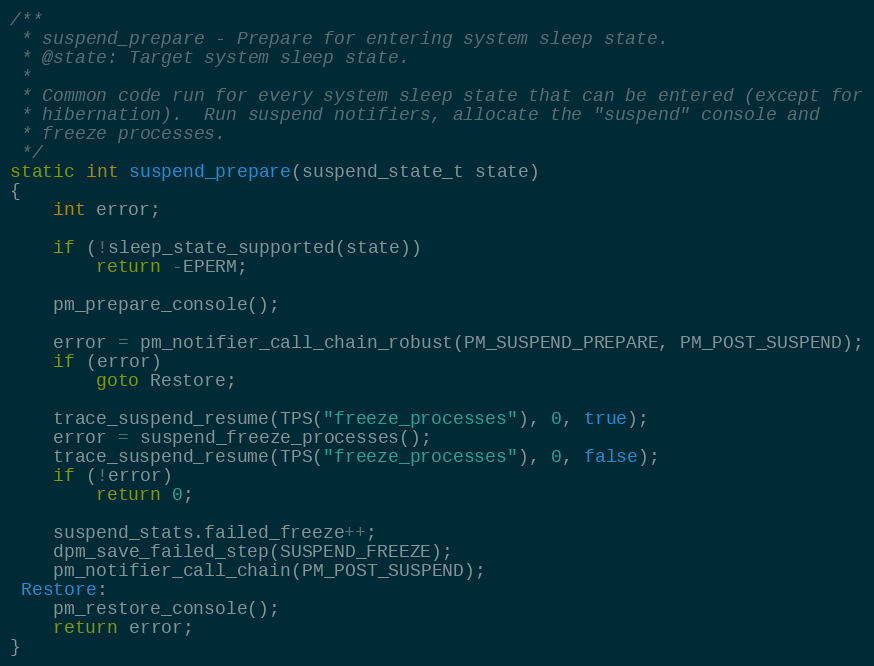
Language: C
/**
 * suspend_prepare - Prepare for entering system sleep state.
 * @state: Target system sleep state.
 *
 * Common code run for every system sleep state that can be entered (except for
 * hibernation).  Run suspend notifiers, allocate the "suspend" console and
 * freeze processes.
 */
static int suspend_prepare(suspend_state_t state)
{
	int error;

	if (!sleep_state_supported(state))
		return -EPERM;

	pm_prepare_console();

	error = pm_notifier_call_chain_robust(PM_SUSPEND_PREPARE, PM_POST_SUSPEND);
	if (error)
		goto Restore;

	trace_suspend_resume(TPS("freeze_processes"), 0, true);
	error = suspend_freeze_processes();
	trace_suspend_resume(TPS("freeze_processes"), 0, false);
	if (!error)
		return 0;

	suspend_stats.failed_freeze++;
	dpm_save_failed_step(SUSPEND_FREEZE);
	pm_notifier_call_chain(PM_POST_SUSPEND);
 Restore:
	pm_restore_console();
	return error;
}